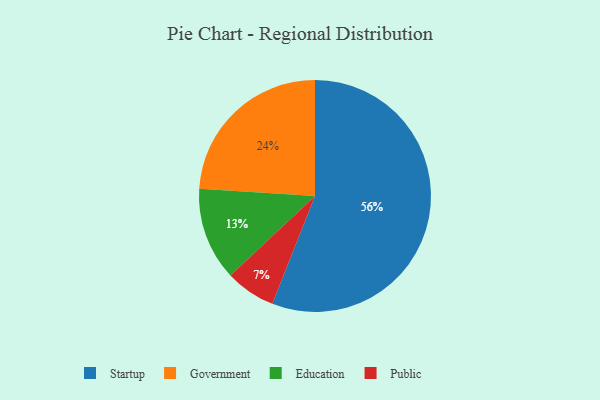
{"axis": {"x": "Category", "y": "Percentage"}, "legend": ["Education", "Government", "Public", "Startup"], "data": [{"x": "Government", "y": 24, "type": "Government"}, {"x": "Education", "y": 13, "type": "Education"}, {"x": "Public", "y": 7, "type": "Public"}, {"x": "Startup", "y": 56, "type": "Startup"}]}